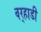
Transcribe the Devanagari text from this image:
वर्‍हाडीं